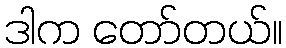
ဒါက တော်တယ်။